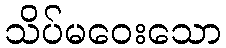
သိပ်မဝေးသော